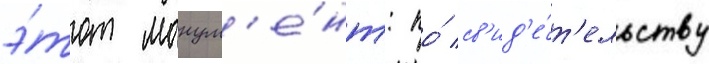
э́тот монум'е́нт: по́ св'ид'е́т'ельству